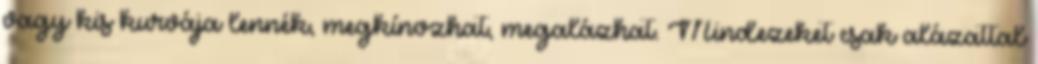
vagy kis kurvája lennék, megkínozhat, megalázhat. Mindezeket csak alázattal